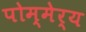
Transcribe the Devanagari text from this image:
पोम्मेर्य